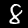
Digit: 8